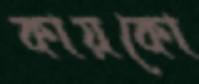
কায়কো